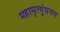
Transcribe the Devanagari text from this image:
महामृत्युंघजय